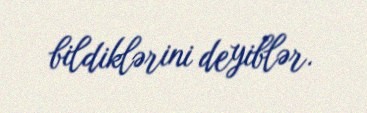
bildiklərini deyiblər.